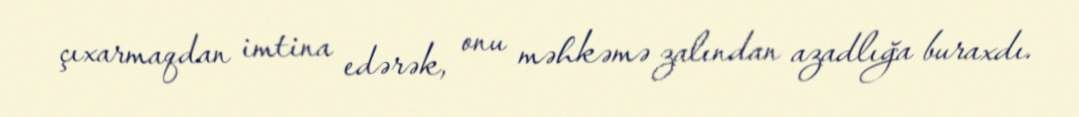
çıxarmaqdan imtina edərək, onu məhkəmə zalından azadlığa buraxdı.